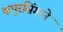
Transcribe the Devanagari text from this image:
कपूरसिंगाने